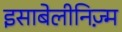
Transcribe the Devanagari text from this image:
इसाबेलीनिज़्म